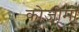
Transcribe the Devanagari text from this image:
कोजीमो